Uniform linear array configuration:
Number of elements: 48
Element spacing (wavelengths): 0.75
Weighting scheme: kaiser
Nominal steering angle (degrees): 15
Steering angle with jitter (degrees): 13.022
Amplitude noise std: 0.05
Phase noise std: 0.05

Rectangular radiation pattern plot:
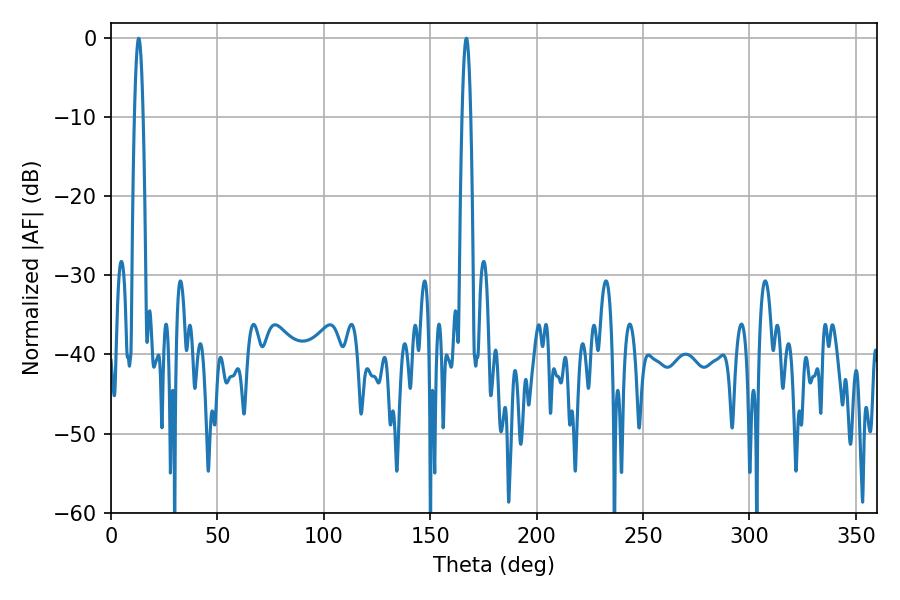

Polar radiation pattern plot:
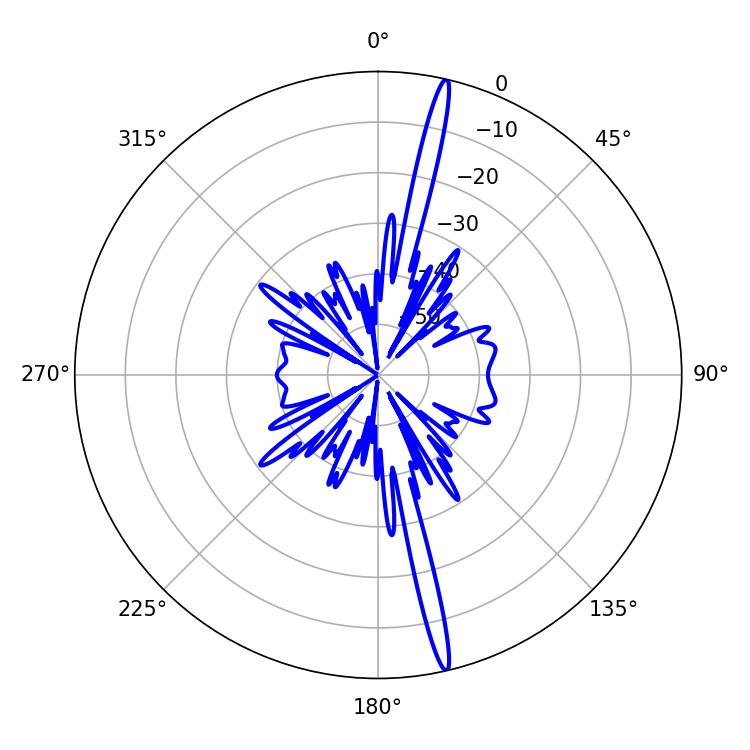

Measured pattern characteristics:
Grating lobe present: TRUE
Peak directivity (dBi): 20.137
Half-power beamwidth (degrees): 2.16
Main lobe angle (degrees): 12.96